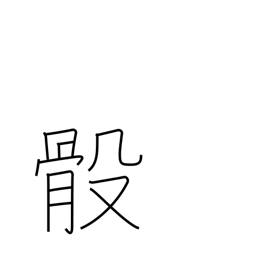
Meaning: bones